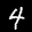
Label: 4